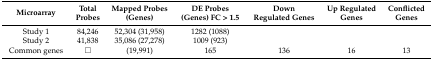
| Microarray | Total Probes | Mapped Probes (Genes) | DE Probes (Genes) FC > 1.5 | Down Regulated Genes | Up Regulated Genes | Conflicted Genes |
 | --- | --- | --- | --- | --- | --- | --- |
 | Study 1 | 84,246 | 52,304 (31,958) | 1282 (1088) |  |  |  |
 | Study 2 | 41,838 | 35,086 (27,278) | 1009 (923) |  |  |  |
 | Common genes | □ | (19,991) | 165 | 136 | 16 | 13 |